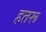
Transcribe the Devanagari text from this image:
हतरू